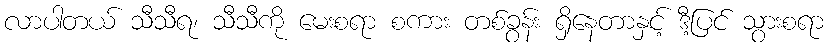
လာပါတယ် သီသီရ၊ သီသီကို မေးစရာ စကား တစ်ခွန်း ရှိနေတာနှင့် ဒီ့ပြင် သွားစရာ